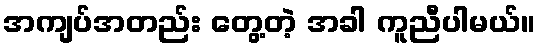
အကျပ်အတည်း တွေ့တဲ့ အခါ ကူညီပါမယ်။